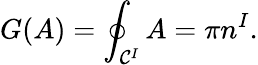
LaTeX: G(A)=\oint_{{\cal C}^{I}}A=\pi n^{I}.